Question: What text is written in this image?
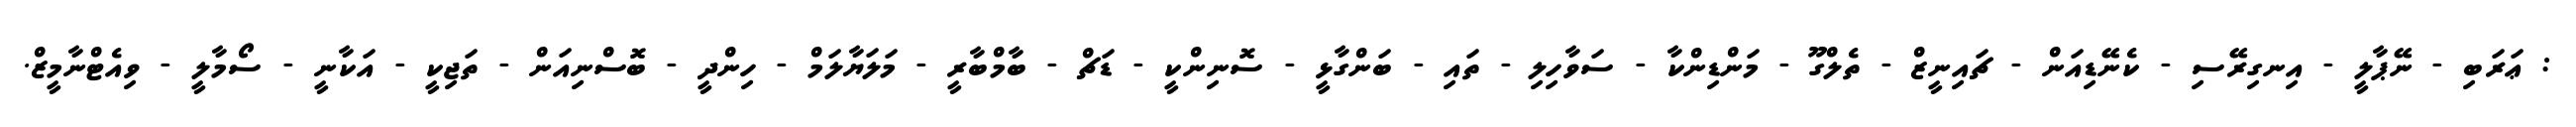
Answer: : ޢަރަބި - ނޭޕާލީ - އިނގިރޭސި - ކެނޭޑިއަން - ޗައިނީޒް - ތެލްގޫ - މަންޑިންކާ - ސަވާހިލި - ތައި - ބަންގާޅީ - ސޮނިންކީ - ޑަޗް - ބާމްބާރީ - މަލަޔާލަމް - ހިންދީ - ބޮސްނިއަން - ތަޖިކީ - އަކާނީ - ސޯމާލީ - ވިއެޓްނާމީޒް.